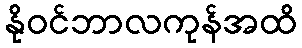
နိုဝင်ဘာလကုန်အထိ